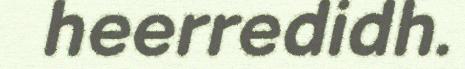
heerredidh.